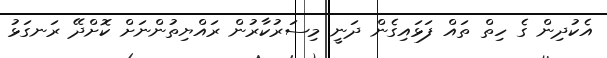
އެކުދިން ގެ ހިތް ތައް ފަޅައިގެން ދަނީ މިސަރުކާރުން ރައްޔިތުންނަށް ކޮށްދޭ ރަނގަޅު